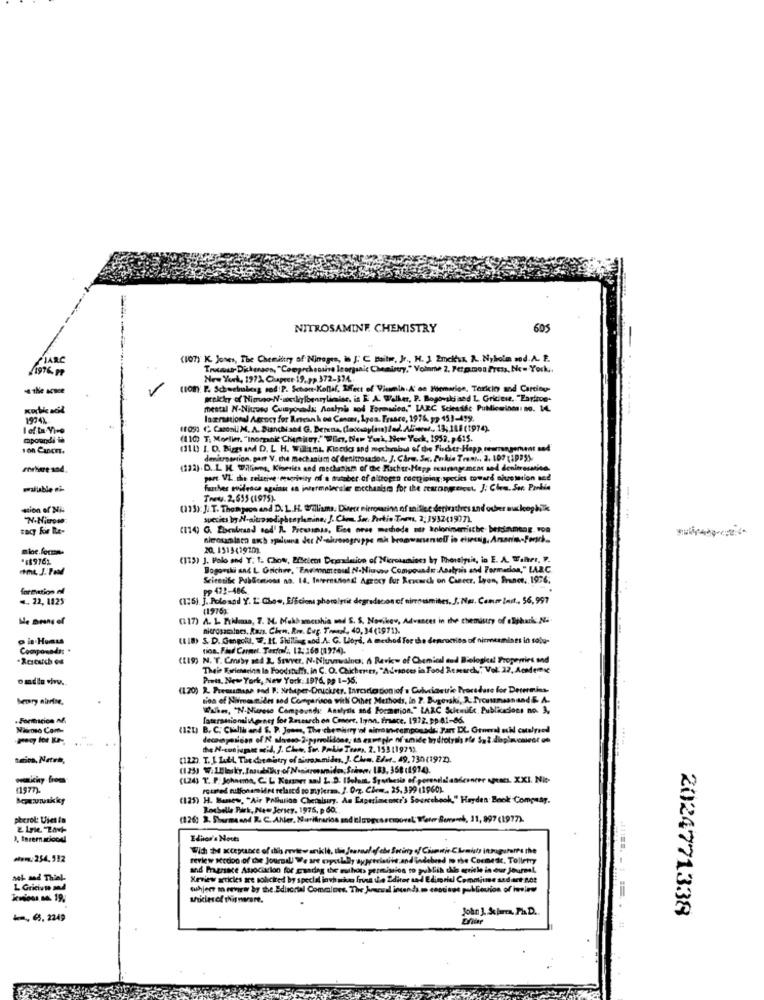
NITROSAMINF. CHEMISTRY
605
FIARC
(107) K. Jones, The Chemistry of Nineges, in J. C Daily, Jr ., H. J 2mekun R. Nyholm mod.A. F.
/1976 1
Trucmut Dickerson, "Comprehensive leorganic Chemistry," Volante 2. Fetp.mon Press, Nc= York ..
New York, 1971. Chapter 19.99 372-374
-4 the scwe
V
tion): P. Scheelrobisz sod!P. Schont-Kollaf, Lect of Vitamin.A' os Hemarion, Tericin and Carcity-
pokky of Himno-N-ws kylbenrylicise, is E A Walker, P. Bopowski and L. Griciese, "Eariroe.
mestal N-Nitrose Cumpounds Aoahpois sod Formsdies," LAEC Selessfc Publicarines: no. M.
1974%
loxrational Agency for Rreank od Cancer, Lyon. Trasce, 1976, pp 453-499.
1105) (" Casonii M. A. Bianchi and G. Derena, docceylim)led. Aliww .. 13; 118 (1974).
capoundi ia
(110) T: Morlier. "Inompank' CMmitoy." Wier, New York, New York, 1958. , 615.
Ion CancET.
demicroonion, part V. the mechanism of Genitrosadon. J. Carm. S. Porkie Trent .. 2. 107 11995).
(222). D. L. K. Willians, Kiserita and mechanism of doc Richtr-Hepp ettrangement and denitrosnie
part- VI. the relative mesgrivity of e trataber of altrogen ractpiping species toward nitzemtion and
wallble i
further evidence against os intermolecular mechanisms for the rearangercet. ]; Che. Sur. Parkin
Twe. 2.655 (1975)-
stion of Ni
(113): J. T. Thompson and D. L.H. Bralisms. Ditere nieromarinn of snillee derivatires und ouber mukoopkiik
species by N-altrosodiphenylamine: J. Chem. Sw Parkin Terms, 2:1932(1977)
zacy Fie Re-
(114) G. Zbenbrand sod' R. Pieunss, Ece orse mechode aus kolorimerische bessameng von
20. 15154192m).
*189762
(175) J. Polo and Y: 1. Chow, Biciem Draadation of Microtamines by Phoneisit, in E. A. W.her, W.
Bogorski and L Onichwe, "Encimamensal N.Niauso Compounds :Analysis and Formados," LARC.
Scientific PubSomtions no. 14. International Agzacy fur Research on Cancer. Lyon, France .. 1976,
formation of
pp 422-486.
.. 22, 1825
(175) ]. Poloadil Y. L. CLow, Efficient photolytit degradacon of wirrousmites, J. Ner. Como Inst ., 56,997
(1976)
Me Brans of
(117) A. 1. Fikdmma, 7. M. Makbamcchia and S. S. Novikov, Advances in the chemistry of elishark N.
nicrosamalnes, Raus. Cinn. Rwe. Cap. Treal, 40, 34(1971).
(18) S. D. Gangolul, W. If. Shilling and.A. G. Lloyd, A method For the denructies of nicmenmines in solu-
Coonpomada; *
tion. Fied Carmel. Textol ., 12:168 (1974).
Accuich es
(IS) N. T. Coruby sed 2. Sswver, N-Nluurwalnes, A Review of Chemical and Biological Properties and
Their Esrientrinn In Foodstuff, in C. O. Cakherers, "Adrances in Food Research," Vol. 22, AcMems
omdle why ..
Prets, New York, New York: 1976, pp 1-15.
(1.20) R. Premsamane sad P. Xrbutper-Druckser. Iarcselo ton of . Culviastric Procedure for Determias-
tion of Nimenides sod Comparison with Other Methods, in 2. Bugerski, A-Provamesnand & A.
Wahm, "N-Nicrese Compounds: Analysis and Formation," LARC Scientific Publicacions no. 3,
-Formacion n&
laternational genes for Research on Cancer, lyon, France. 1972. pp.41-86.
Nãoso Com-
(12L) B. C. Cialla and S. P. Jones, The chemistry of aitroan-camponada. Farr DL General nil cutefried
(122). T.1 Lidl, The chemistry of thrommides, J. Che. Elrt_ 49, 130(1972).
(1243 T. P. Johnema, C. L Kanner sad L. D. Ifolant, Spothesis of poreneislandcancer ANMEL. XXI. Nic-
11577).
routed sulfonamidet relased to mylera. J. Org. Ciem. 25. 399 (1960)
Bouwvakky
(125) H. Banes, "Air Pollution Cheralsiry. An Experimentr's Sourcebook," Hayden Book Company.
Rochelle Park, New Jersey. 1975, p 60;
pherol: Viesta
(126: 2. Sharma and R. C. Ahler, Nurifirarios and Blupges semoorel' Teter Some-ed, 11, 897 (1977).
Edhvor's Nouts
With the xcepance of this review article, this Journal of che Seting of Ciumwie Ckmisty
.. 254,512
review sedoo of the Journall We are coyotlaly appreciative and indebeed @ the Commeskc. Tollety
and Prensace Association for grunding the ruthdos permission to publish Nie ageile in our Journal,
aok mad Thiel-
Xeview articles are solicited by special invh who fruta the Editor and Edimriel Committee sad act not
L Gricive md
tuhjerr m revirar by the Editorial Commaloes, The homesil intends.m costiaus publicvion of iview
John 1 .& jama. Ph.D ..
2024771338
- 6. 2249